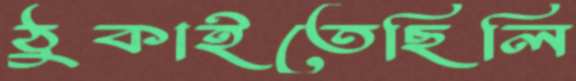
ঠুকাইতেছিলি